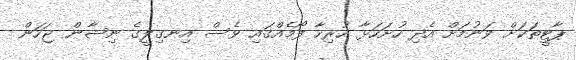
ޕާޓީތަކަށް ވަނުމަށް އެދި ހުށަހަޅާ ހުރިހާ ފޯމެއްގައި ވެސް އިނގިލީގެ ނިޝާން ޖަހަން